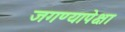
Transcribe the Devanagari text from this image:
जगण्यापेक्षा